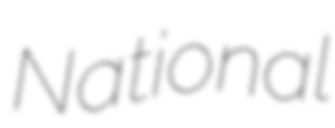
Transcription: National